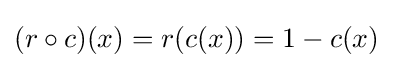
(r\circ c)(x)=r(c(x))=1-c(x)